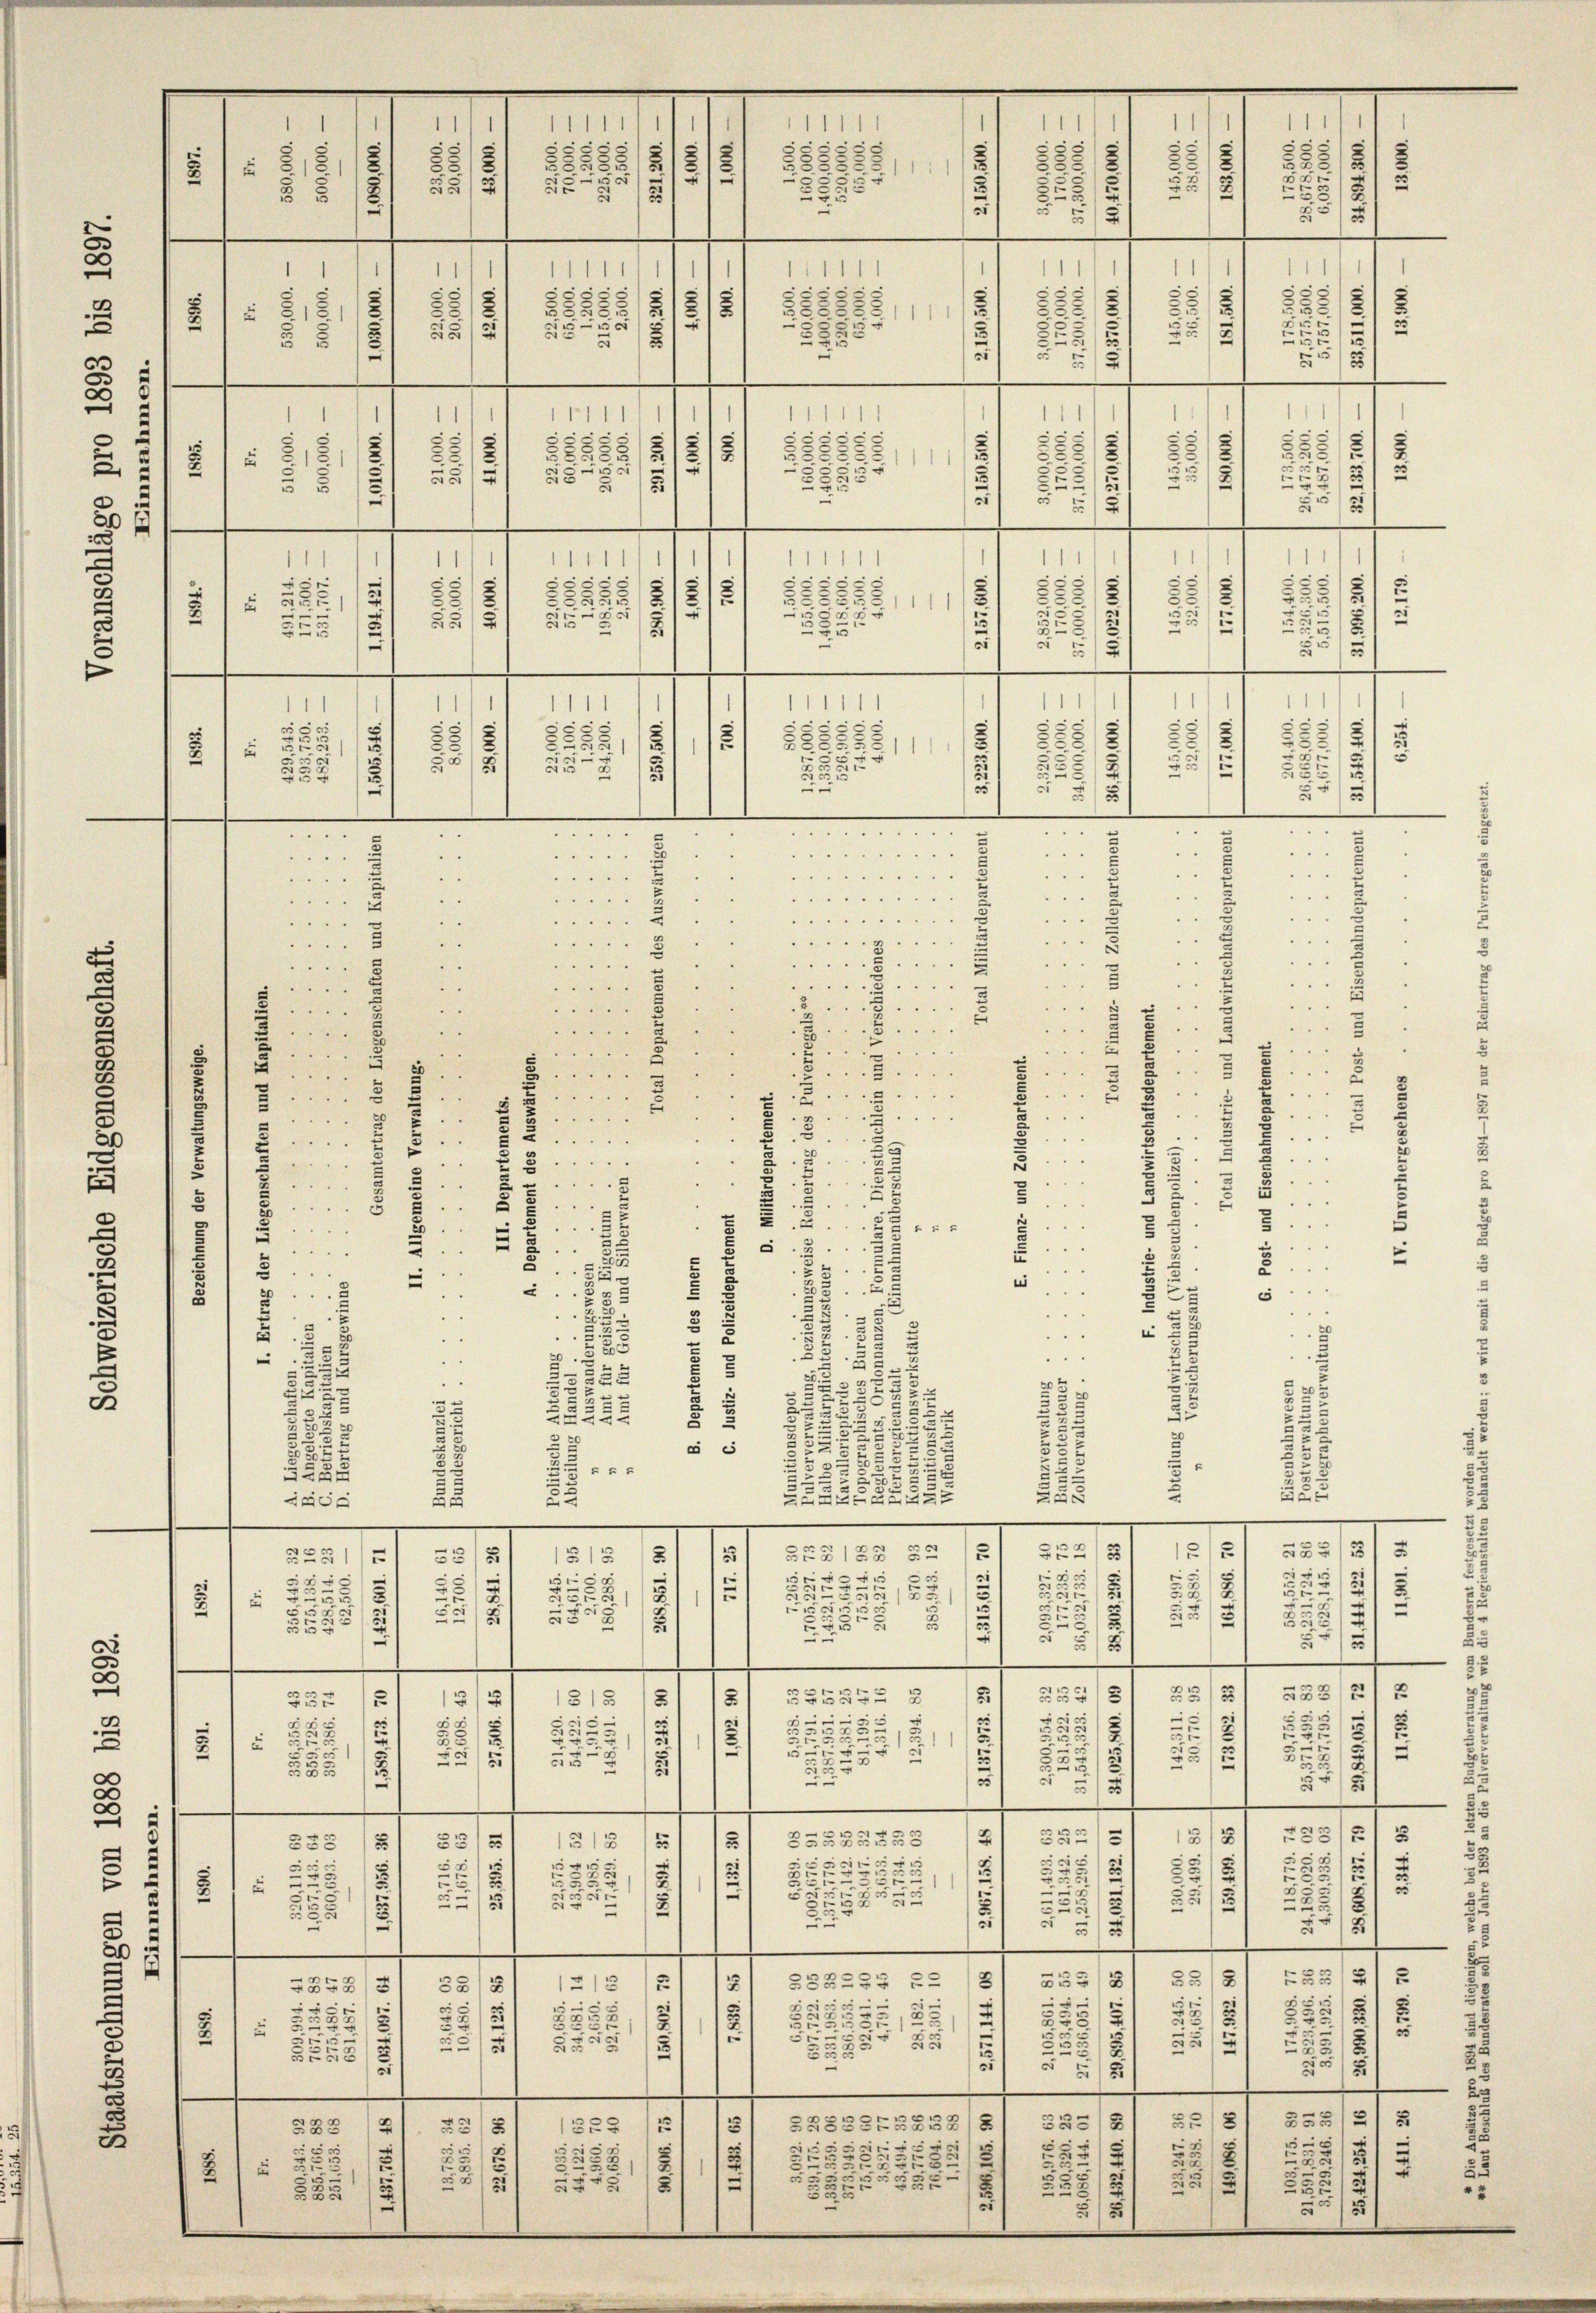
2

.

c
e
u
e
,
1
2
d
 512
2
r
.
—
—
2
t
1
111111
1
11
1
.
.
e
5
S
212
25
2
u
s
2.
811
e
1
2
6
5 x
e
e
x
s
.

5
2
5

3
.
—
e
1
1
111
11111
2
25
5
523.
55
Z 111
2

e
2
227/2
u

i
3
.
22
.
2
e
u
e

u
—
—
.
.......
6
 ..  ..
.
I
d

"
5
e
"
"
5

.
.
4. 14 " " " "
.

.

 .
 " " " " " " "

.
 4
2
B
. . .

.
. . . . .
 ...

 . .

2

"
. . .
4
2
4
2
" " " 10
.
1
5
.

5
e

.

2
s
A
.
5
.

5
e

5
d
 . . . .

"
u
.
.
..
1
.
¬
u
3
20
2
c
.

.
G
u
4
2
.
.
.
8
u
5

5
1
8
u
9
5

u
5
.
8
u
2
3
s
e
8.
"
5 x

5
:
5
 " "
,

2
u
u
3
5
.

¬
u
u
E
20
..
2
5
5
8
i
.
8
“
.
e
.
u 5
d
1
.
e

u
2
x
e
u

e
.
5
s
A
2.
2228
3
30
3
3
753
 55
2
x
.
233
2
52
u

i
2
Sece
u
.
.
e
—
—
.
.
BES 128 52
5
33
2727
2.
515
525
5
g
2
r
52
t
22
u
55
§ 182
2.
u
u
2
-
2
25.
d
1
.
2
u
u
5
e
s
u
—
—
—
—
e
—

.
.
.
¬
n
2
x
G1252
15 x
25

2
225
.
3
in
u

F
5
2
2
e
5
u
.

.
e
e
5
1
2
2
5
e
2
u
—
.
—
.
.
—
.
—
.
25
u
I
e
e
5
.
5554
55
2
3
u
55
3
222
e
e
s
.
2
2
5
u
252
2
2
22
2
5
55
5
21
i
5
5
2
u
25
2
s
8
u
2
—
—
—
.
e
—
.
.
i
9
|
-
3
222235 u
.
.
25
 x
2
8
2
i
55
125
2535
1231
d
2
u
e
2
e
85
2
.
5
d
3
3
2
e
5
)
.
.
.
e
—
e

1
15
3
237
2253272858
258
88
2
1
E
5
g
15
-
r

5
2
5
28
2
8
 2
u
5
2
2
82
6
2
252
332
5
2
535

d
1
.
1
u
5
5
22
2
s
2
2
8
25
22
2
2
8
57
25

2
c
2
2
12
2
Seg
5
 5
u
F
2
5
2
B
.
e
1
.
u
¬
u
22335
u
.1
2
1111
.
d
u
5
s

x
 5
5
.
r
2
—
1
1111
e
)
¬
e

.

3
2
2
22.
s
2
22
288
u
13

.
25
5 x
25
—
2
1
58 § 15
.
3

5
. . . .
.
.

5

2
H
.
.
e
.
4
 x

.
—

.

2
d
u
2
e
2.